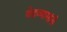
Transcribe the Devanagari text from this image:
वेदव्यासांनी